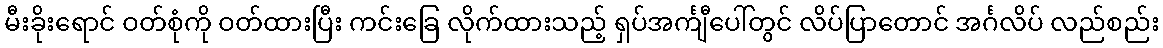
မီးခိုးရောင် ဝတ်စုံကို ဝတ်ထားပြီး ကင်းခြေ လိုက်ထားသည့် ရှပ်အင်္ကျီပေါ်တွင် လိပ်ပြာတောင် အင်္ဂလိပ် လည်စည်း